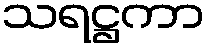
သရဋ္ဌကာ